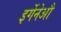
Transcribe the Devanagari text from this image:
इर्गेनेऔ